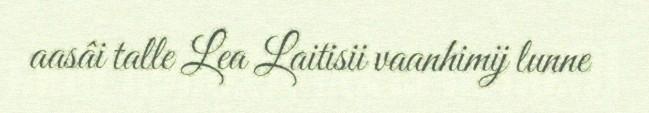
aasâi talle Lea Laitisii vaanhimij lunne